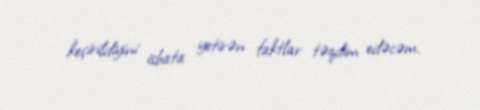
keçirildiyini isbata yetirən faktlar təqdim edəcəm.